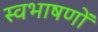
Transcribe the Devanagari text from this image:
स्वभाषणों